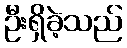
ဦးရှိခဲ့သည်